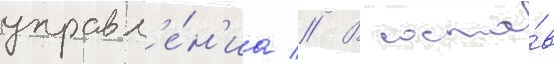
управл'е́н'иа // В соста́в